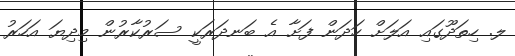
ލ. ހިތަދޫގައި އަލަށް ހަދަން ފަށާ އެ ބަނދަރަކީ ސަރުކާރުން މިދިޔަ އަހަރު